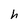
Character: h